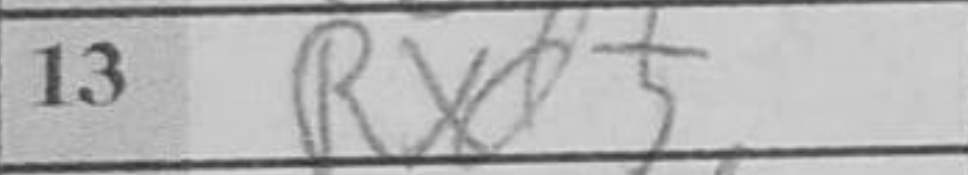
Transcription: Rxd5